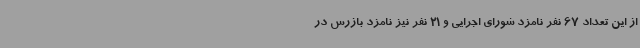
از این تعداد 67 نفر نامزد شورای اجرایی و 21 نفر نیز نامزد بازرس در